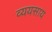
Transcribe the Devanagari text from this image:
व्ययसाय